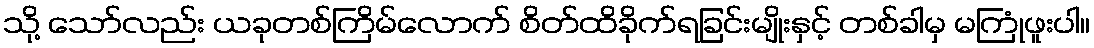
သို့ သော်လည်း ယခုတစ်ကြိမ်လောက် စိတ်ထိခိုက်ရခြင်းမျိုးနှင့် တစ်ခါမှ မကြုံဖူးပါ။